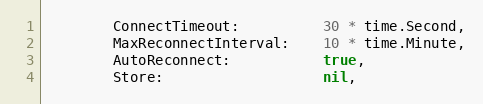
Language: Go
		ConnectTimeout:          30 * time.Second,
		MaxReconnectInterval:    10 * time.Minute,
		AutoReconnect:           true,
		Store:                   nil,